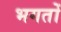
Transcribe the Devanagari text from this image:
भगतोँ